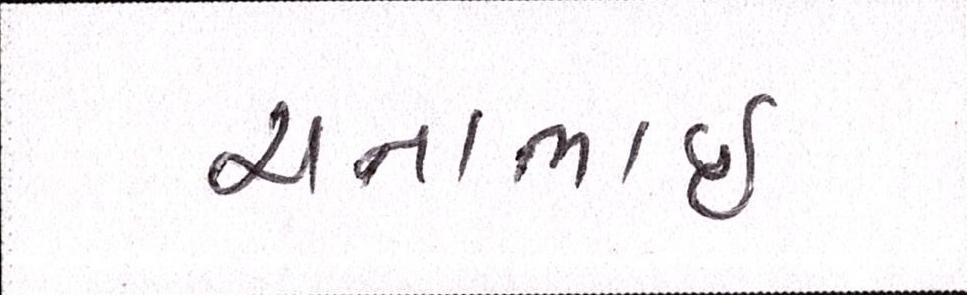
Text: ચનાભાઇ